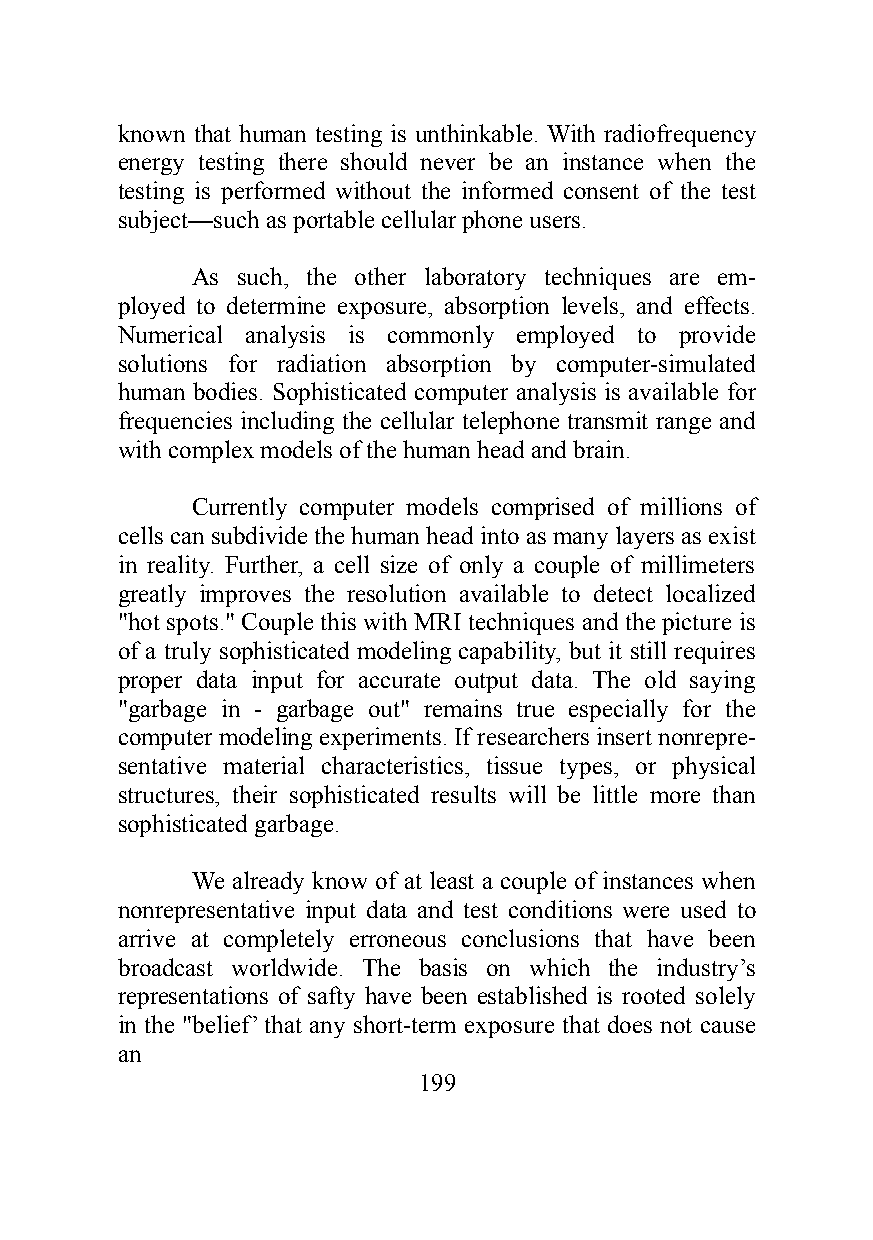
known that human testing is unthinkable. With radiofrequency
 energy testing there should never be an instance when the
 testing is performed without the informed consent of the test
 subject—such as portable cellular phone users.
 As such, the other laboratory techniques are em-
 ployed to determine exposure, absorption levels, and effects.
 Numerical analysis is commonly employed to provide
 solutions for radiation absorption by computer-simulated
 human bodies. Sophisticated computer analysis is available for
 frequencies including the cellular telephone transmit range and
 with complex models of the human head and brain.
 Currently computer models comprised of millions of
 cells can subdivide the human head into as many layers as exist
 in reality. Further, a cell size of only a couple of millimeters
 greatly improves the resolution available to detect localized
 "hot spots." Couple this with MRI techniques and the picture is
 of a truly sophisticated modeling capability, but it still requires
 proper data input for accurate output data. The old saying
 "garbage in - garbage out" remains true especially for the
 computer modeling experiments. If researchers insert nonrepre-
 sentative material characteristics, tissue types, or physical
 structures, their sophisticated results will be little more than
 sophisticated garbage.
 We already know of at least a couple of instances when
 nonrepresentative input data and test conditions were used to
 arrive at completely erroneous conclusions that have been
 broadcast worldwide. The basis on which the industry’s
 representations of safty have been established is rooted solely
 in the "belief’ that any short-term exposure that does not cause
 an
 199